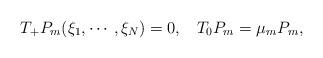
LaTeX: \begin{align*}T_{+}P_{m}(\xi_{1},\cdots,\xi_{N})=0,\;\;\;T_{0}P_{m}=\mu_{m}P_{m},\end{align*}